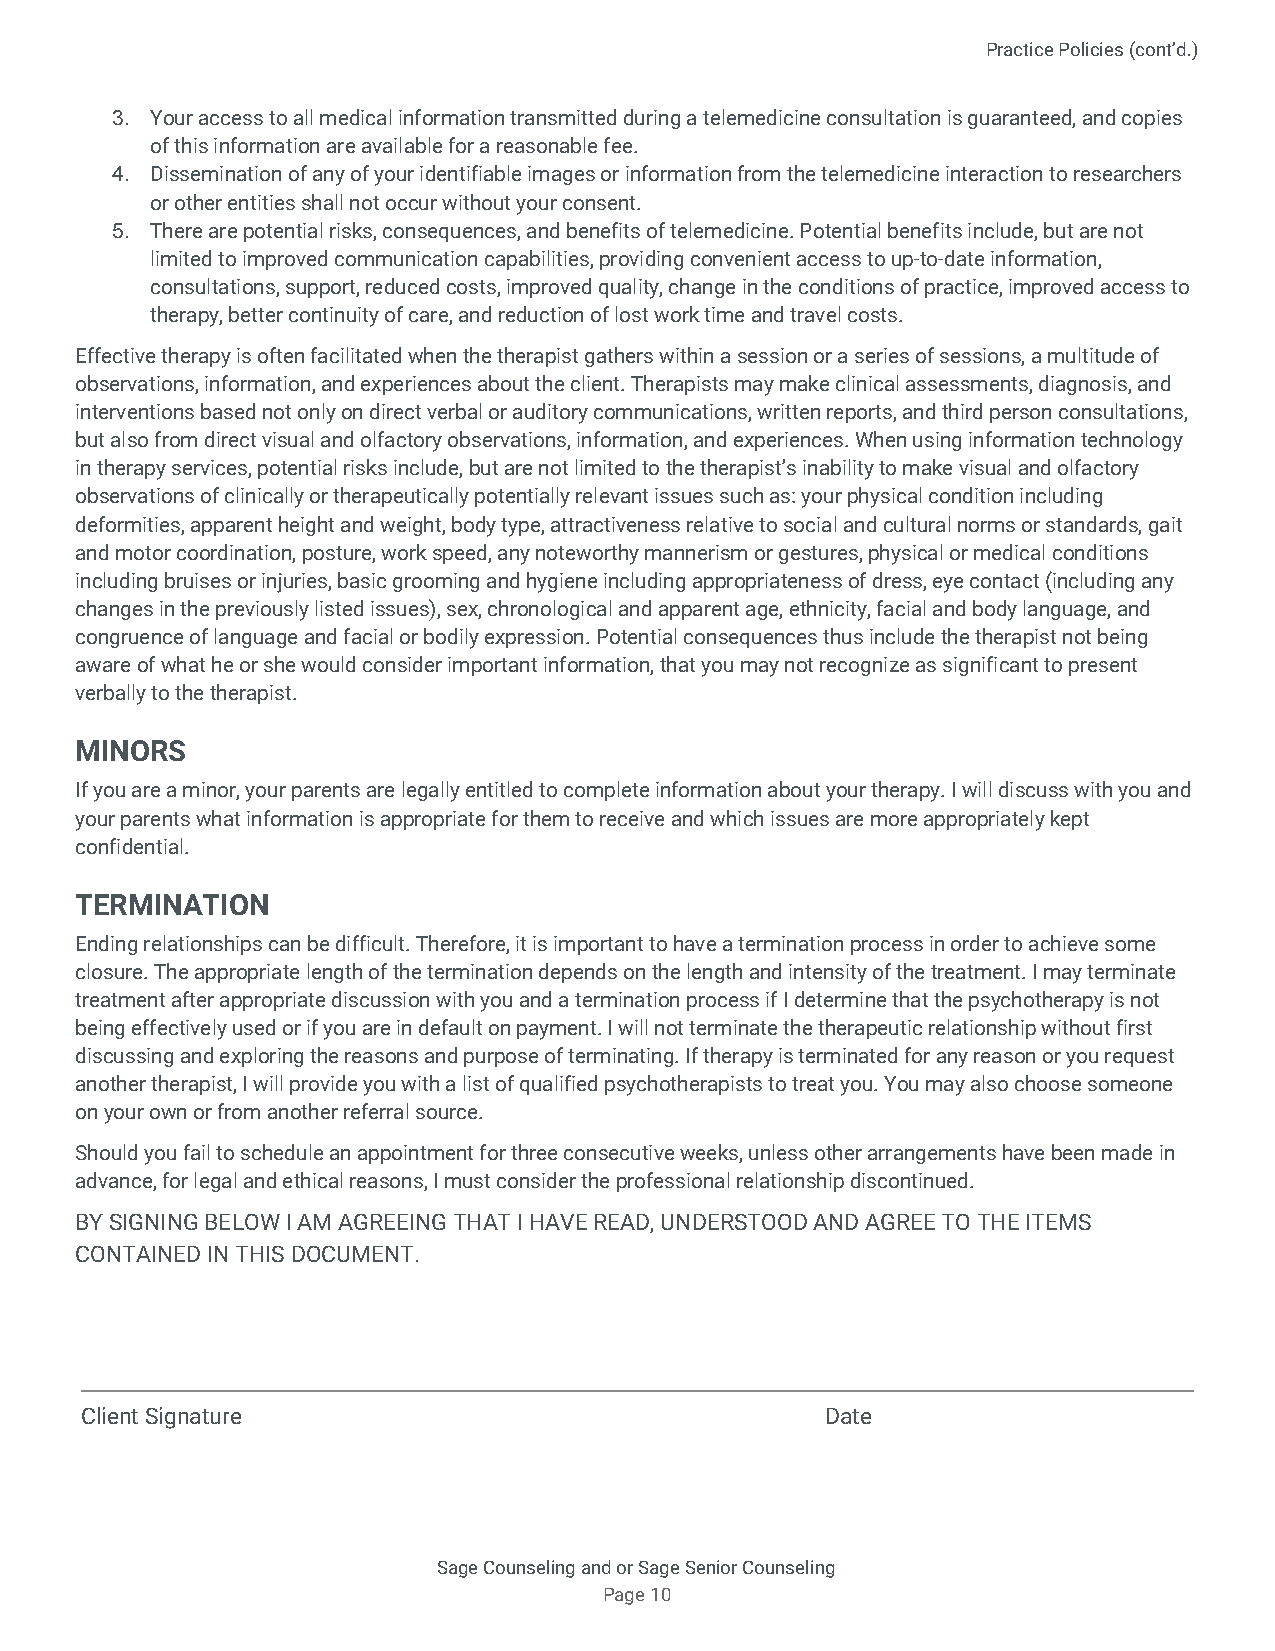
Practice Policies (cont’d.)
 3. Your access to all medical information transmitted during a telemedicine consultation is guaranteed, and copies
 of this information are available for a reasonable fee.
 4. Dissemination of any of your identifiable images or information from the telemedicine interaction to researchers
 or other entities shall not occur without your consent.
 5. There are potential risks, consequences, and benefits of telemedicine. Potential benefits include, but are not
 limited to improved communication capabilities, providing convenient access to up-to-date information,
 consultations, support, reduced costs, improved quality, change in the conditions of practice, improved access to
 therapy, better continuity of care, and reduction of lost work time and travel costs.
 Effective therapy is often facilitated when the therapist gathers within a session or a series of sessions, a multitude of
 observations, information, and experiences about the client. Therapists may make clinical assessments, diagnosis, and
 interventions based not only on direct verbal or auditory communications, written reports, and third person consultations,
 but also from direct visual and olfactory observations, information, and experiences. When using information technology
 in therapy services, potential risks include, but are not limited to the therapist’s inability to make visual and olfactory
 observations of clinically or therapeutically potentially relevant issues such as: your physical condition including
 deformities, apparent height and weight, body type, attractiveness relative to social and cultural norms or standards, gait
 and motor coordination, posture, work speed, any noteworthy mannerism or gestures, physical or medical conditions
 including bruises or injuries, basic grooming and hygiene including appropriateness of dress, eye contact (including any
 changes in the previously listed issues), sex, chronological and apparent age, ethnicity, facial and body language, and
 congruence of language and facial or bodily expression. Potential consequences thus include the therapist not being
 aware of what he or she would consider important information, that you may not recognize as significant to present
 verbally to the therapist.
 MINORS
 If you are a minor, your parents are legally entitled to complete information about your therapy. I will discuss with you and
 your parents what information is appropriate for them to receive and which issues are more appropriately kept
 confidential.
 TERMINATION
 Ending relationships can be difficult. Therefore, it is important to have a termination process in order to achieve some
 closure. The appropriate length of the termination depends on the length and intensity of the treatment. I may terminate
 treatment after appropriate discussion with you and a termination process if I determine that the psychotherapy is not
 being effectively used or if you are in default on payment. I will not terminate the therapeutic relationship without first
 discussing and exploring the reasons and purpose of terminating. If therapy is terminated for any reason or you request
 another therapist, I will provide you with a list of qualified psychotherapists to treat you. You may also choose someone
 on your own or from another referral source.
 Should you fail to schedule an appointment for three consecutive weeks, unless other arrangements have been made in
 advance, for legal and ethical reasons, I must consider the professional relationship discontinued.
 BY SIGNING BELOW I AM AGREEING THAT I HAVE READ, UNDERSTOOD AND AGREE TO THE ITEMS
 CONTAINED IN THIS DOCUMENT.
 Client Signature                                  Date
 Sage Counseling and or Sage Senior Counseling
 Page 10